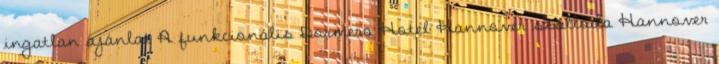
ingatlan ajánlat A funkcionális Dormero Hotel Hannover szálloda Hannover